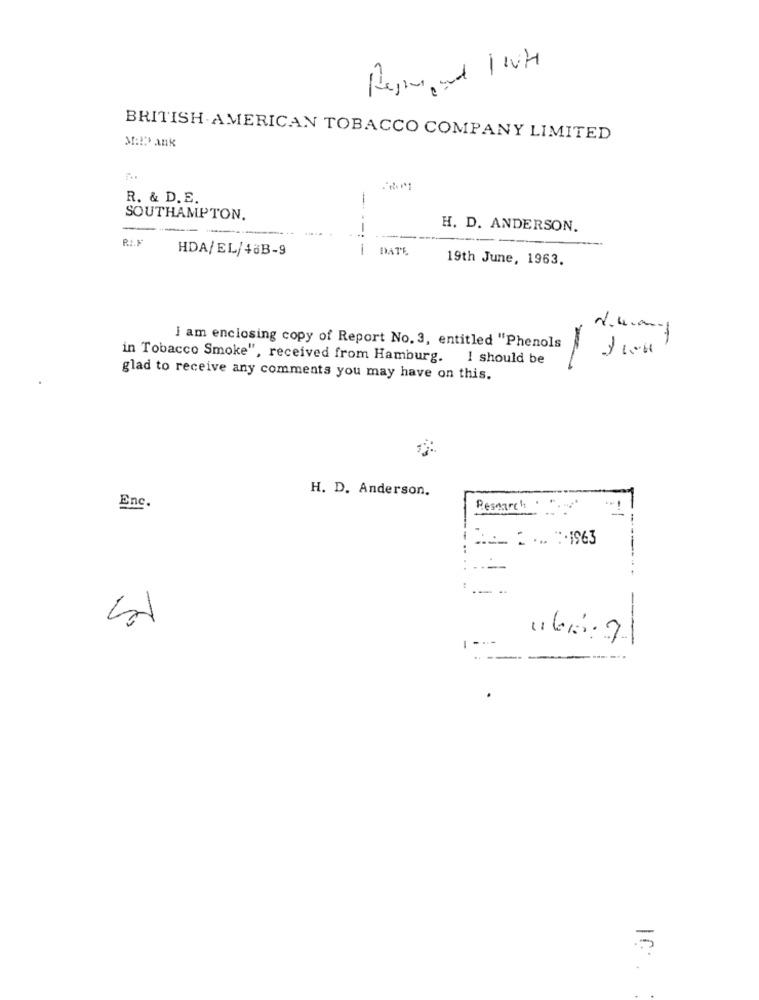
-
steph ank
BRITISH AMERICAN TOBACCO COMPANY LIMITED
R. & D. E.
SOUTHAMPTON.
----
H. D. ANDERSON.
R: F
--
HDA/EL/48B-9
DATE
19th June, 1963.
2.4.00-1
I am enclosing copy of Report No. 3, entitled "Phenols
in Tobacco Smoke", received from Hamburg. I should be
glad to receive any comments you may have on this.
H. D. Anderson.
Enc.
Research
:__. . ... :. 1963
-------
--
---
.